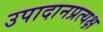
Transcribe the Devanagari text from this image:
उपादानप्रत्यक्ष